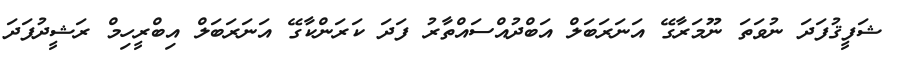
ޝަފީޤުފަދަ ނުވަތަ ނޫމަރާގޭ އަނަރަބަލް އަބްދުއްސައްތާރު ފަދަ ކަރަންކާގޭ އަނަރަބަލް އިބްރީހިމް ރަޝީދުފަދަ